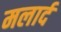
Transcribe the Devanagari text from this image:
मलार्द